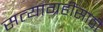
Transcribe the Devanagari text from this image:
सत्याग्रहींसाठी